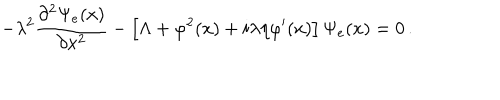
- \lambda ^ { 2 } \frac { \partial ^ { 2 } \Psi _ { e } ( x ) } { \partial x ^ { 2 } } - \left[ \Lambda + \varphi ^ { 2 } ( x ) + i \lambda \eta \varphi ^ { \prime } ( x ) \right] \Psi _ { e } ( x ) = 0 \, .